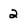
Character: 2